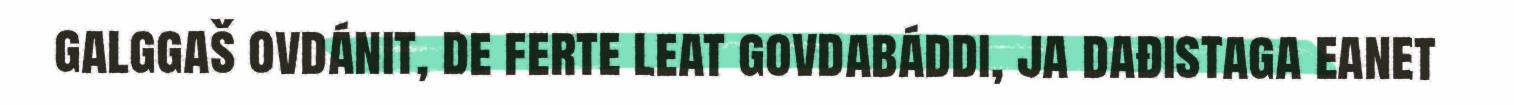
galggaš ovdánit, de ferte leat govdabáddi, ja dađistaga eanet